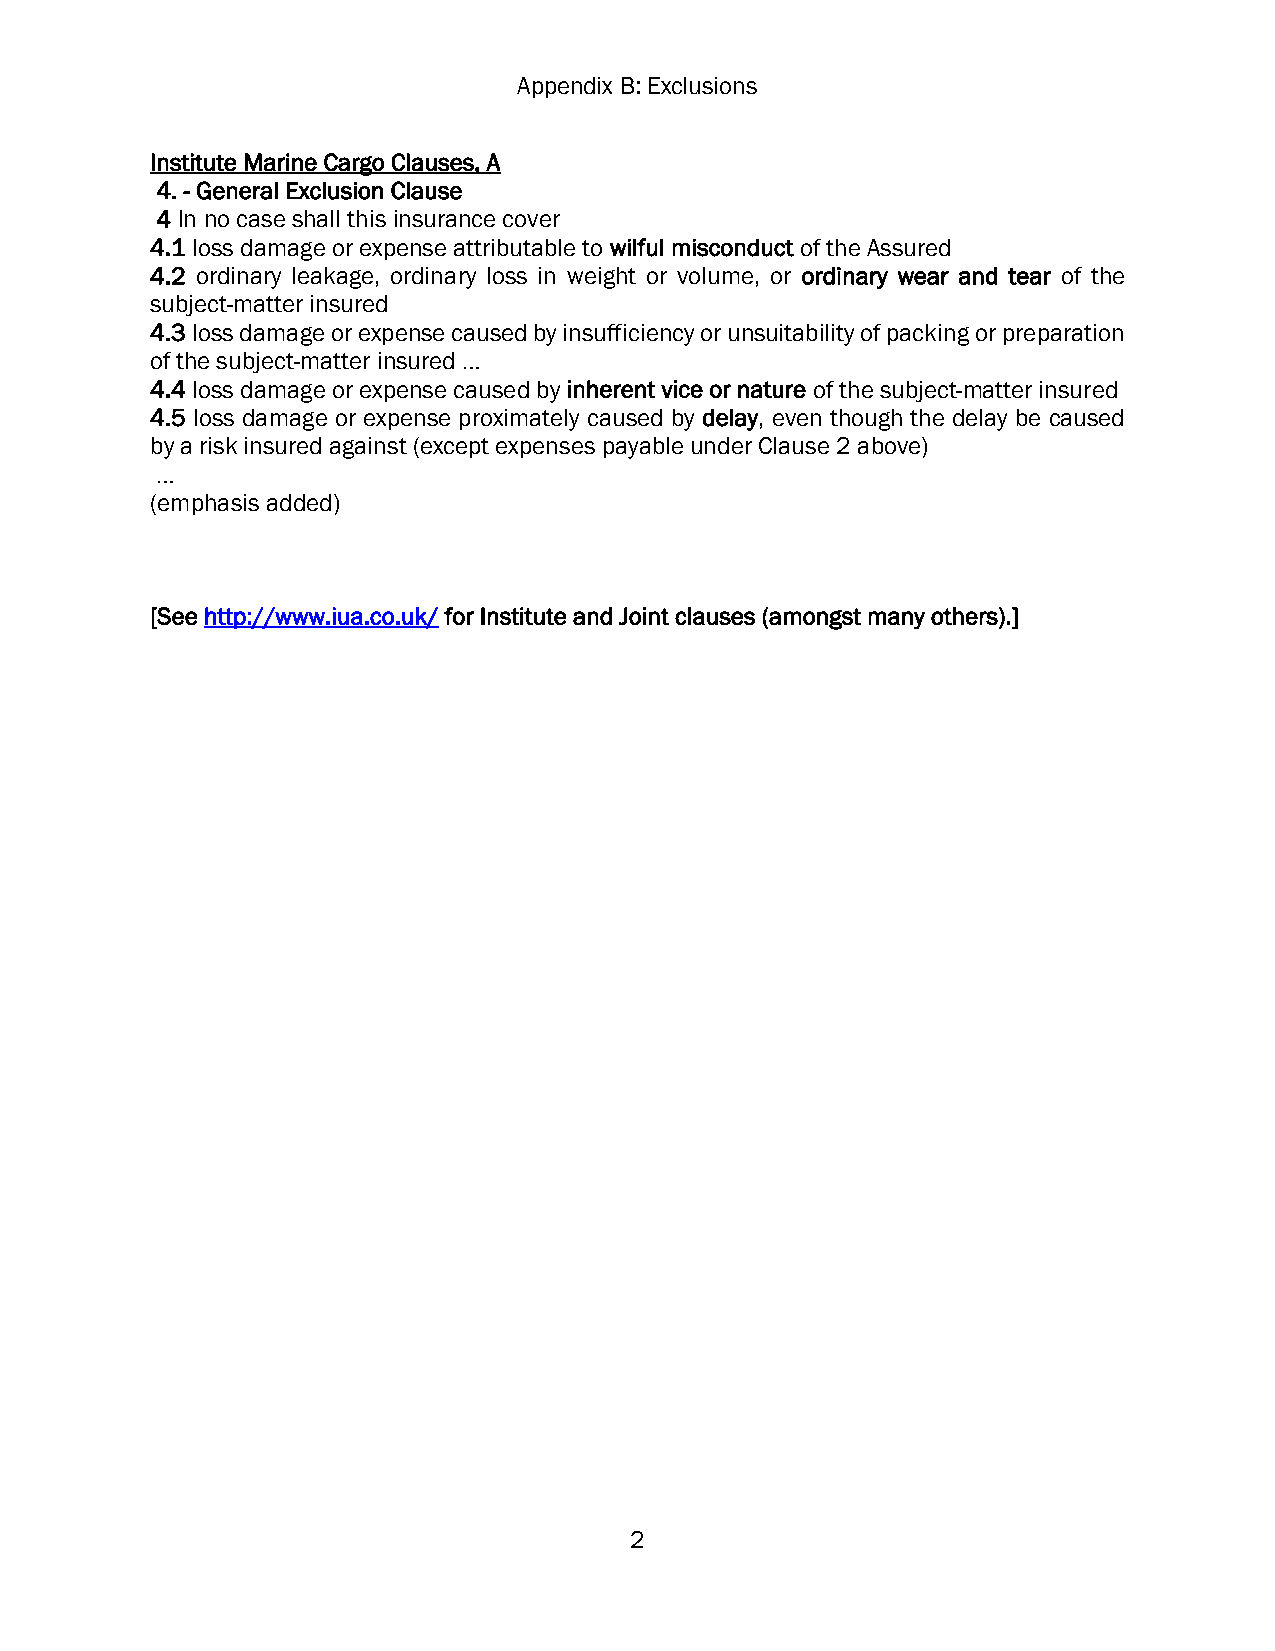
Appendix B: Exclusions
 Institute Marine Cargo Clauses, A
 4. - General Exclusion Clause
 4 In no case shall this insurance cover
 4.1 loss damage or expense attributable to wilful misconduct of the Assured
 4.2 ordinary leakage, ordinary loss in weight or volume, or ordinary wear and tear of the
 subject-matter insured
 4.3 loss damage or expense caused by insufficiency or unsuitability of packing or preparation
 of the subject-matter insured …
 4.4 loss damage or expense caused by inherent vice or nature of the subject-matter insured
 4.5 loss damage or expense proximately caused by delay, even though the delay be caused
 by a risk insured against (except expenses payable under Clause 2 above)
 …
 (emphasis added)
 [See http://www.iua.co.uk/ for Institute and Joint clauses (amongst many others).]
 2